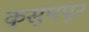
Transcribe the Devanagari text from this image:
कुसुमपूर